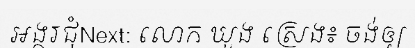
អង្គរជុំNext: លោក ឃួង ស្រេង៖ ចង់ឲ្យ